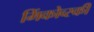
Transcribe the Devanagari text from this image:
मिंकोव्स्की